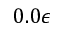
0 . 0 \epsilon